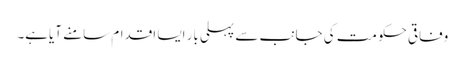
وفاقی حکومت کی جانب سے پہلی بار ایسا اقدام سامنے آیاہے۔